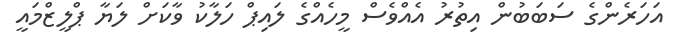
އަހަރެންގެ ސަބަބުން އިތުރު އެއްވެސް މީހެއްގެ ލައިޕް ހަލާކު ވާކަށް ލަޔާ ޕްލީޒްމައީ